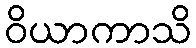
ဝိယာကာသိ